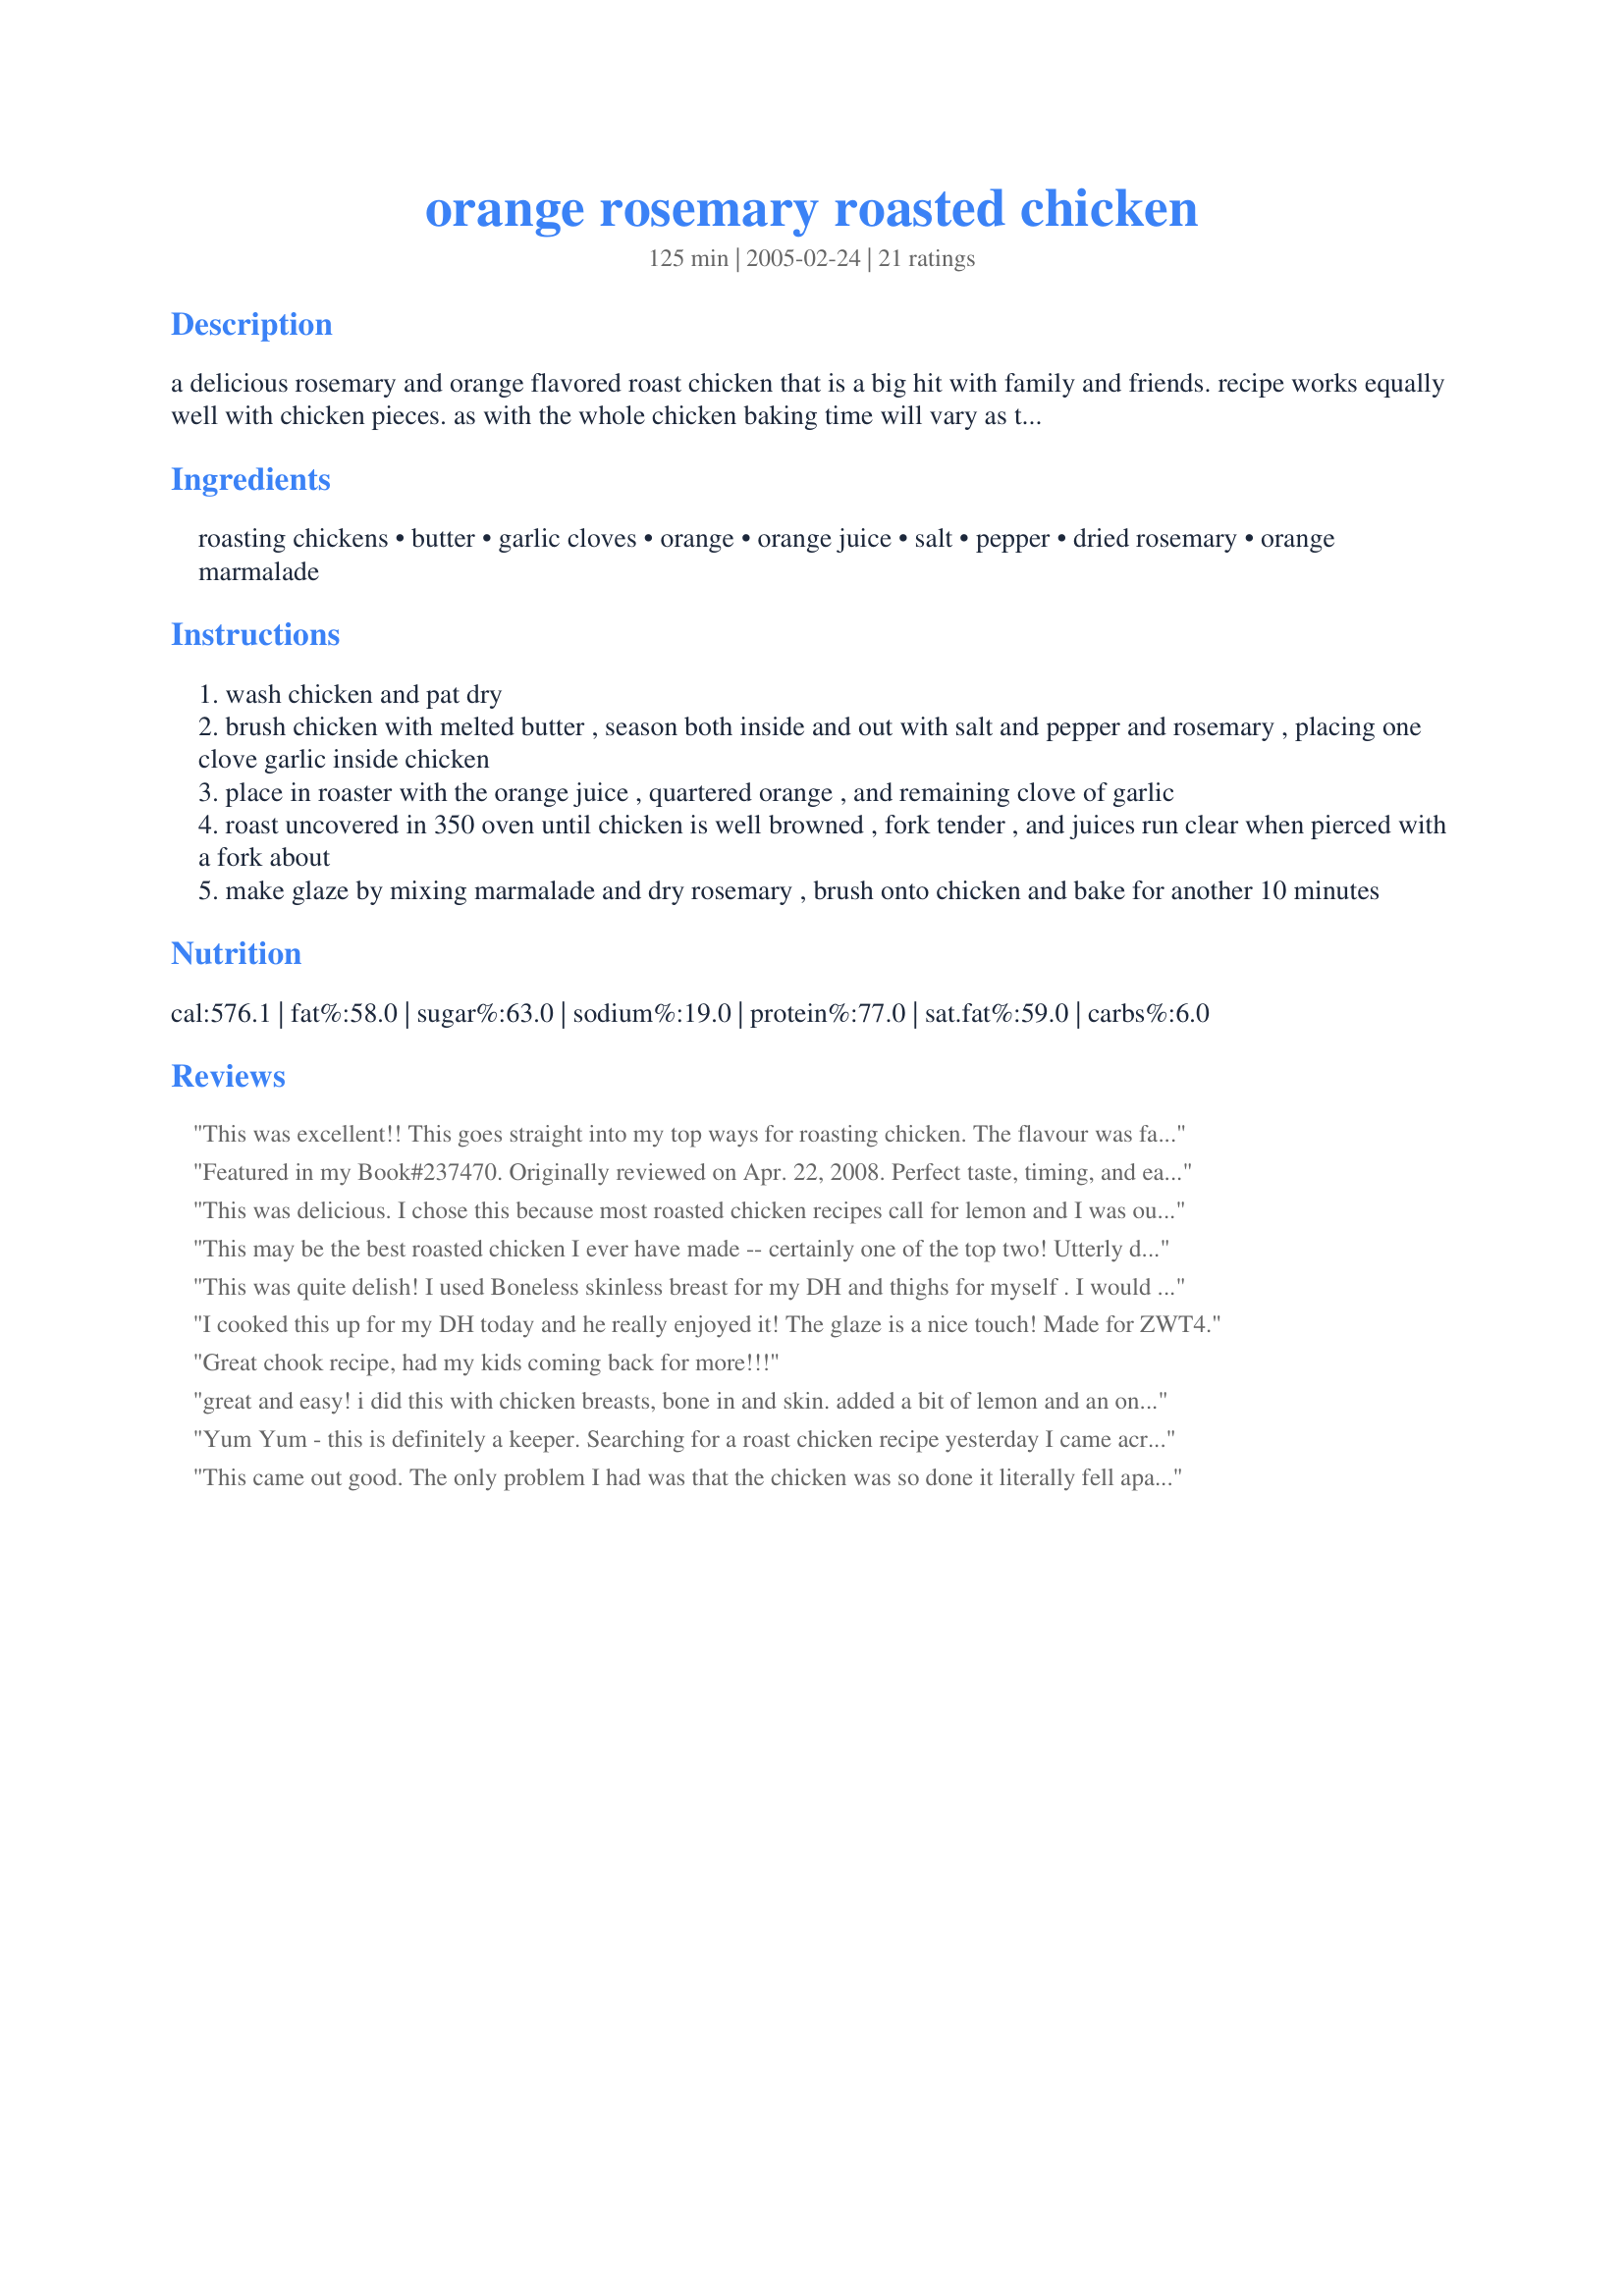
orange rosemary roasted chicken
Preparation time: 125 minutes

a delicious rosemary and orange flavored roast chicken that is a big hit with family and friends. recipe works equally well with chicken pieces. as with the whole chicken baking time will vary as to the size of the chicken, with the pieces needing less baking time. this one will get you oohs and aahs before they have that first bite!

Ingredients:
roasting chickens, butter, garlic cloves, orange, orange juice, salt, pepper, dried rosemary, orange marmalade

Steps:
wash chicken and pat dry
brush chicken with melted butter , season both inside and out with salt and pepper and rosemary , placing one clove garlic inside chicken
place in roaster with the orange juice , quartered orange , and remaining clove of garlic
roast uncovered in 350 oven until chicken is well browned , fork tender , and juices run clear when pierced with a fork about
make glaze by mixing marmalade and dry rosemary , brush onto chicken and bake for another 10 minutes

Reviews:
This was excellent!! This goes straight into my top ways for roasting chicken. The flavour was fantastic and it was fall apart tender and very moist. We loved the marmalade glaze which really does finish this off superbly. I served ours with roast potatoes, corn on the cob, mixed veg and yorkshire puddings for a really fab meal. Cheers Gerry for a super recipe and one that will be enjoyed again often.
Featured in my Book#237470. Originally reviewed on Apr. 22, 2008. Perfect taste, timing, and easy. And the smell while roasting is wonderful! After reading the other reviews, I did pack it into a tight pan and doubled the orange juice on the bottom. I also put an extra orange into the cavity. The glaze is wonderful and would be great on skinless chicken and pork. I sort of wonder if you could put this inside an oven cooking bag and then cut off the top and apply the glaze? Thanks for sharing, Gerry. Made for Pac Spring '08.
This was delicious. I chose this because most roasted chicken recipes call for lemon and I was out of lemons and lemon juice. Oranges, I had plenty of! It smelled great while baking (garlic) and tasted moist and fragrant. I roasted my chicken with the breast meat down to help keep them moist. It worked great!
This may be the best roasted chicken I ever have made -- certainly one of the top two! Utterly delicious!
This was quite delish! I used Boneless skinless breast for my DH and thighs for myself . I would skip the oil next time as the chicken gave off plenty of juice/fat . I used more rosemary and tucked some along with garlic cloves and orange bits under the skin of the thighs, The roasted garlic cloves with the orange and the chicken skin was great. I wanted more orange flavor so will probably marinated it a bit the next time, but still wonderful flavors. Made for Best on 2010 Tag.
I cooked this up for my DH today and he really enjoyed it! The glaze is a nice touch! Made for ZWT4.
Great chook recipe, had my kids coming back for more!!!
great and easy! i did this with chicken breasts, bone in and skin. added a bit of lemon and an onion as well as paprika, chili flakes and extra garlic! delicious!!! i'm serving it for dinner tonight... hope my husband likes it!
Yum Yum - this is definitely a keeper. Searching for a roast chicken recipe yesterday I came across this Orange Rosemary chicken and very glad I found it. I used fresh rosemary and extra garlic but otherwise followed the recipe. I was a bit wary that the marmalade would make it too sweet but the flavours were outstanding. Can't wait to try this one out on friends. Thanks again Gerry.
This came out good. The only problem I had was that the chicken was so done it literally fell apart in the roaster and I had to fish the meat out. Otherwise, tasted wonderful.
Will make this again. I did not have Orange Marmalade so I sliced an orange and laid it on top the chicken with the dried rosemary and also put a quartered orange inside the chicken with the garlic. Now that I made it like this and we like it, I am thinking the orange marmalade would be to sweet for us.
This recipe is worthy of far more than 5 stars. I followed the ingredients with only one minor variation: I had an extremely large orange, which I cut into sixths and stuffed inside the bird as well as laid around it in the roasting pan. I adjusted the roasting method a bit. I had a 4 lb. bird, so I roasted it for 2 hours total--1 1/2 hours covered and the last 30 minutes uncovered after brushing on the glaze. The chicken turned out ultra juicy with crispy, browned skin. It smelled heavenly fragrant while roasting, and the flavor was excellent. The skin was crispy and caramelized from the glaze. It was sheer eating pleasure (so much for cholesterol for one day!). I carved the bird and drizzled some of the thickened, caramelized sauce from the bottom of the pan over the carved meat. Our family enjoyed this recipe a great deal. DH turned to his animal instincts and licked his fingers after disassembling his drumstick in record time, and 15-month-old DD asked for seconds (unusual for her!). Thanks for a keeper! (Made for AUS/NZ Recipe Swap #39)
WOW, delicious. Roast chicken at its best
 I had the recipe printed for a very long time but always seemed to be missing some ingredient. I made up this chicken to serve to guests. A hit it was,everyone saying they had never had chicken so moist or with such great flavor. Grandaughter couldn't wait to have chicken in a fresh bun a short time later. Certainly a recipe to be served to guests. Another of Gerry's wonderful recipes that will be enjoyed at our house.
Super easy recipe. Chicken came out very moist. We did not get much orange flavor... I copied the recipe to a T too. Oh well, thanks for the easy recipe!
This was a delicious roasted chicken! It definitely was one of the best roasted chickens I have ever had. I used my homemade orange marmalade for the recipe. The orange flavor came through well in the chicken without being overwhelming. The skin was a delicious treat with that glaze on there. Thanks for the wonderful recipe!
I've never roasted a whole chicken before. I'm not a huge fan of lemon chicken, but the orange in this sounded excellent. I used fresh rosemary, and served it with mashed sweet potatoes. It was probably the best roasted chicken I've ever had, and DH LOVED it.
Although I'm partial to chicken breasts, I followed the list of ingredients right down the line & prepared as directed, for a wonderful tasting chicken dish! Definitely enjoyed the combo of flavors from the garlic, orange & rosemary ~ VERY, VERY NICE! [Made & reviewed while on tour in Canada with the Zaar World Tour 4]
WONDERFUL!!! I have to start off by telling you that I didn't make your recipe the traditional way as I no longer buy whole chickens because my family fights over the breast and leaves the rest. I used boneless, skinless, split breasts instead. I melted the butter with the garlic in my sauce pan, then I dredged each breast through the garlic butter and placed them in the baking pan. I then sprinkled the chicken with the salt, pepper and 3/4 tsp. of dried rosemary. In order to keep the breast pieces moist, I added 1/4 cup extra orange juice. For the glaze, I used 4 Tbs. marmalade and just a pinch extra rosemary so there would be enough glaze to top each breast (6 total). I heated the the marmalade and rosemary over low heat in order to make it easier to spread. The chicken came out tender and so full of flavor...a recipe I will be proud to serve to company. Made and Reviewed for the Best of 2009 Tag Game~ And I will be adding it to a best of 2010 Book.
I can't even grow a cactus, but I CAN cook a masterpiece....see! Made for #39 A-NZ Recipe Swap.
We LOVED this chicken. The directions are perfect and the outcome couldn't be more perfect. The chicken develops a nice, crispy crust while remaining moist and tender on the inside. The flavor is absolutely wonderful. All this and it was simple too! Wow. Thank you for posting!
Holy smokes, this was INCREDIBLE!!!!! I served this up as Thanksgiving dinner last night for my in-laws and it was awesome!! And so easy. My only advice would be to pack the chicken in as small a roaster as possible so you have as thick a layer of orange juice as possible. I did two chickens in my huge roasting pan and the orange juice was completely burned to the bottom after only half an hour. So I transferred the birds to a smaller roaster, put in a second cup of o.j. and then roasted them covered for 45 minutes before finishing them off uncovered for the last half hour. I basted a few times too. We will DEFINITELY be having this again!!!
